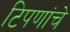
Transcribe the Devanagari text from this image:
टिपणांचे